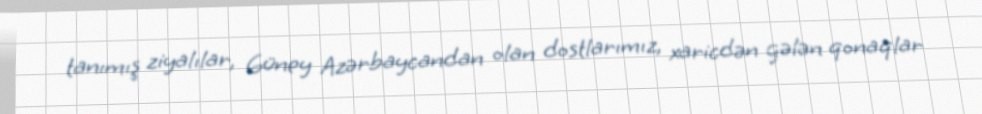
tanımış ziyalılar, Güney Azərbaycandan olan dostlarımız, xaricdən gələn qonaqlar